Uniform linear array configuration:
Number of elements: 32
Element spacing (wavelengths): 0.25
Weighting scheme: exponential
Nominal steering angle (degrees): -15
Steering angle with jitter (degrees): -15.601
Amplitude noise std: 0.05
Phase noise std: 0.05

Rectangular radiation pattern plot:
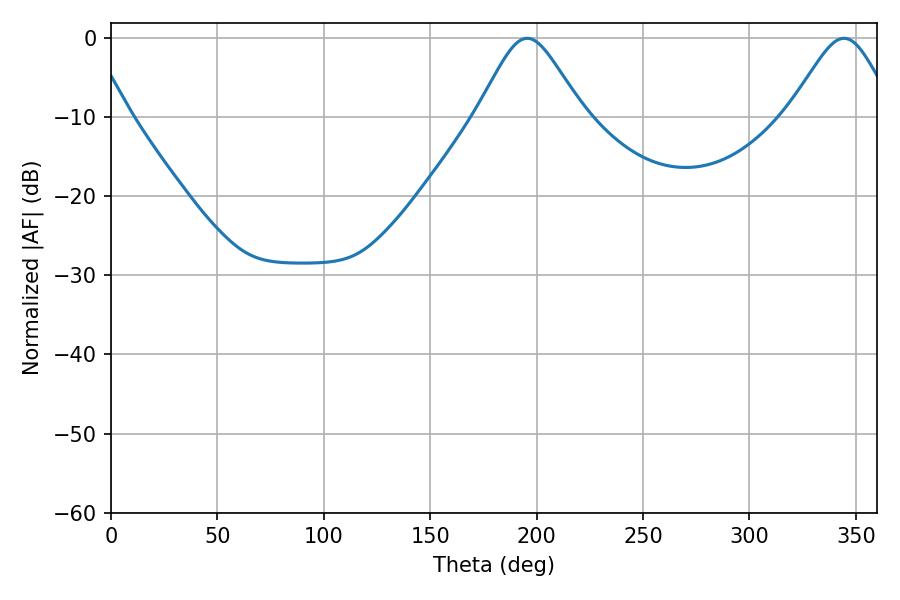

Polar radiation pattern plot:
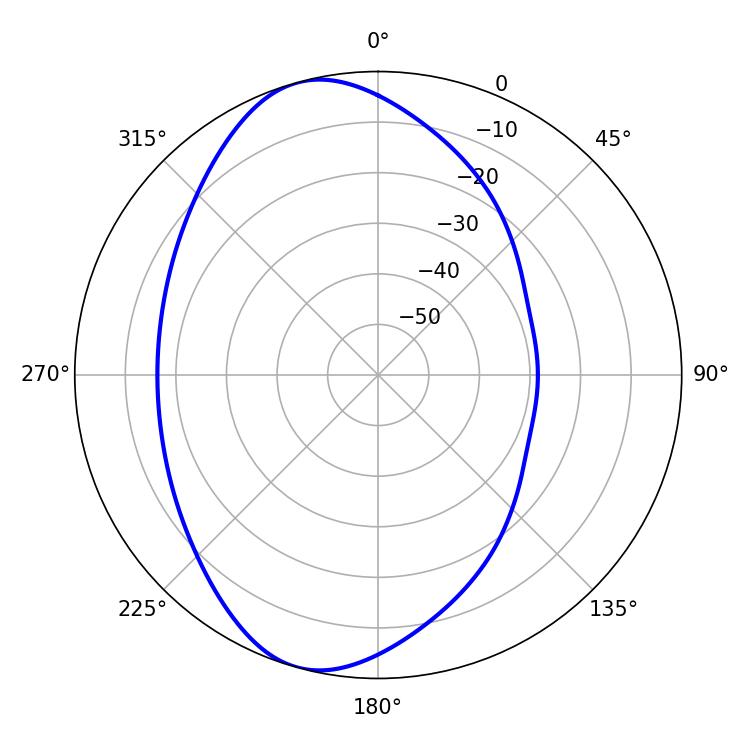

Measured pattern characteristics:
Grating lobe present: FALSE
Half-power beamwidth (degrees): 24.3
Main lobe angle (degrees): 195.66